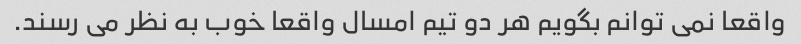
واقعا نمی توانم بگویم هر دو تیم امسال واقعا خوب به نظر می رسند.